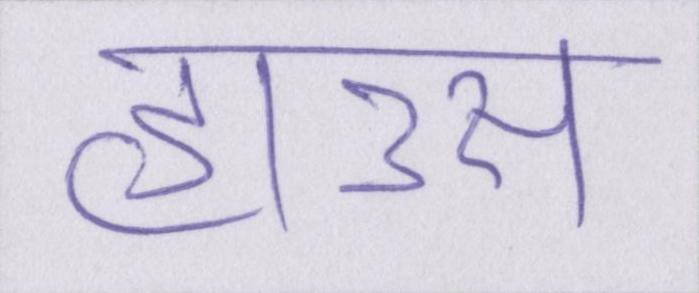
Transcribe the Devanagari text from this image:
हाउस